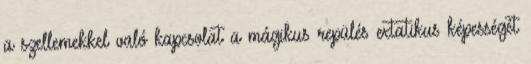
a szellemekkel való kapcsolat a mágikus repülés extatikus képességét